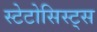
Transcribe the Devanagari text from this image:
स्टेटोसिस्ट्स